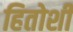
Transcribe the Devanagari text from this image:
हितोशी